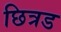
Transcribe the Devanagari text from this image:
छित्रड